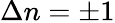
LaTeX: \Delta n=\pm 1